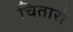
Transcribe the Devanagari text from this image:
चितारों